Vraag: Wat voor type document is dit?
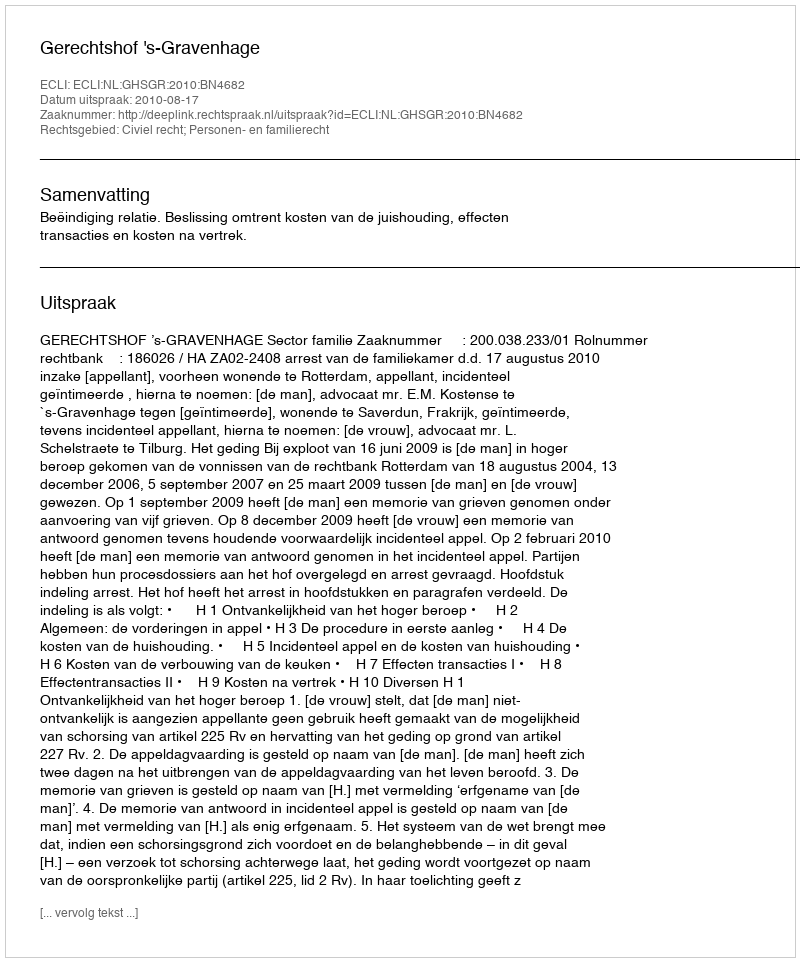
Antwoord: Uitspraak